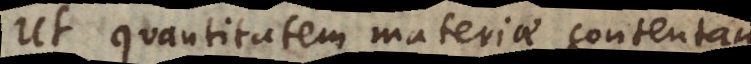
Ut quantitatem materiae contentam